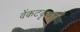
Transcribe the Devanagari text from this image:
वेंकटकृष्णय्या